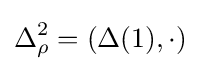
{\Delta }_{\rho }^{2}=(\Delta (1),\cdot )